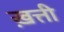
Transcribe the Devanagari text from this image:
ख़त्ती